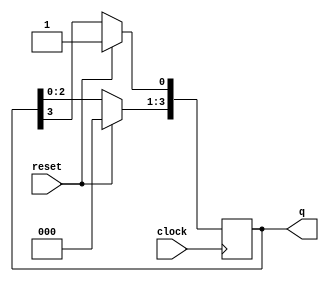
module four_bit_ring_counter (
      input clock,
      input reset,
  output [3:0] q
    );
 
  reg[3:0] a;
 
    always @(posedge clock)
      if (reset)
        a = 4'b0001;
 
      else
        begin
        a <=  a<<1; // Notice the blocking assignment
        a[0]<=a[3];
        end
 
    assign q = a;
 
  endmodule